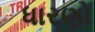
ધારણો